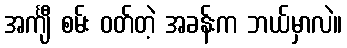
အင်္ကျီ စမ်း ဝတ်တဲ့ အခန်းက ဘယ်မှာလဲ။